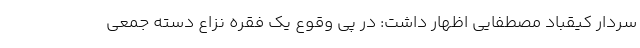
سردار کیقباد مصطفایی اظهار داشت: در پی وقوع یک فقره نزا‌ع دسته جمعی